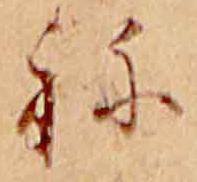
ね